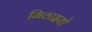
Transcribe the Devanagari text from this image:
मिठाइयो